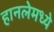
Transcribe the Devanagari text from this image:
हानलेमध्ये